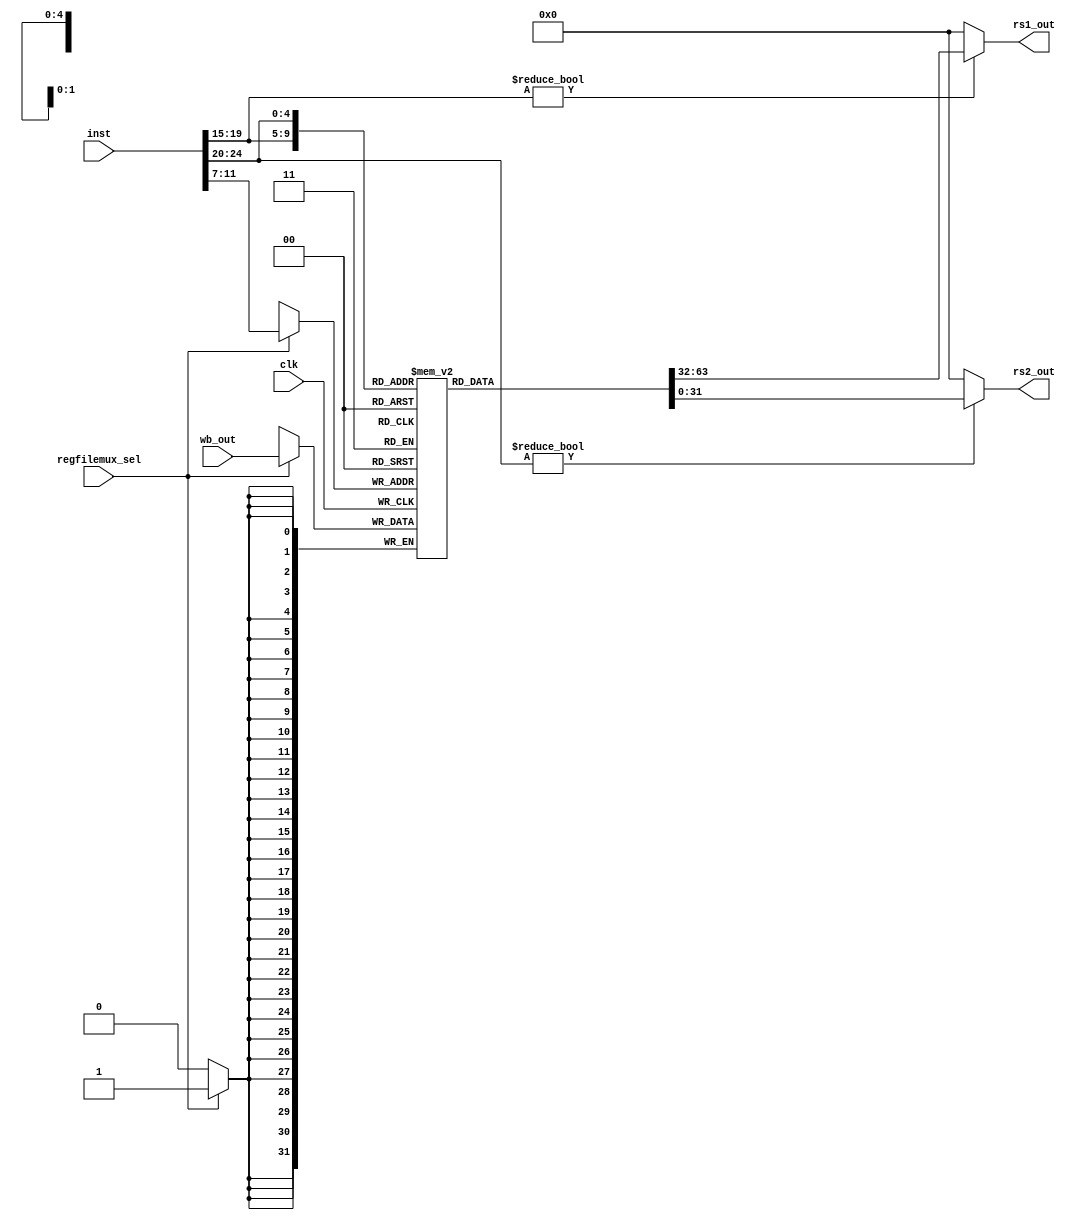
module bo_REGISTER (clk,inst, regfilemux_sel, wb_out, rs1_out, rs2_out );
input [31:0]inst;
input [31:0]wb_out;
input  regfilemux_sel ;
input clk;
output  [31:0]rs1_out;
output  [31:0]rs2_out;
reg [31:0] Register [31:0];
always@(posedge clk) begin
   if(regfilemux_sel == 1'b1)
   Register[inst[11:7]] <= wb_out;
end
assign  rs1_out = (inst[19:15]!=0)? Register[inst[19:15]]:0;
assign  rs2_out = (inst[24:20]!=0)? Register[inst[24:20]]:0;
endmodule